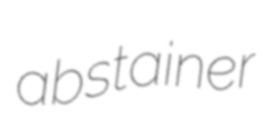
abstainer